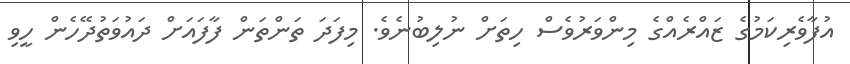
އުފާވެރިކަމުގެ ޒައްރެއްގެ މިންވަރުވެސް ހިތަށް ނުލިބުނެވެ. މިފަދަ ތަންތަން ފާފައަށް ދައުވަތުދޭހެން ހީވި